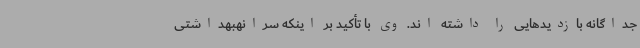
جداگانه بازدیدهایی را داشته اند. وی با تأکید بر اینکه سرانهبهداشتی